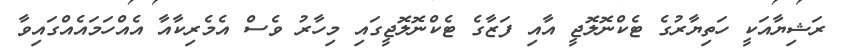
ރަޝިޔާއަކީ ހަތިޔާރުގެ ޓެކްނޮލޮޖީ އާއި ފަޒާގެ ޓެކްނޮލޮޖީގައި މިހާރު ވެސް އެމެރިކާއާ އެއްހަމައެއްގައިވާ